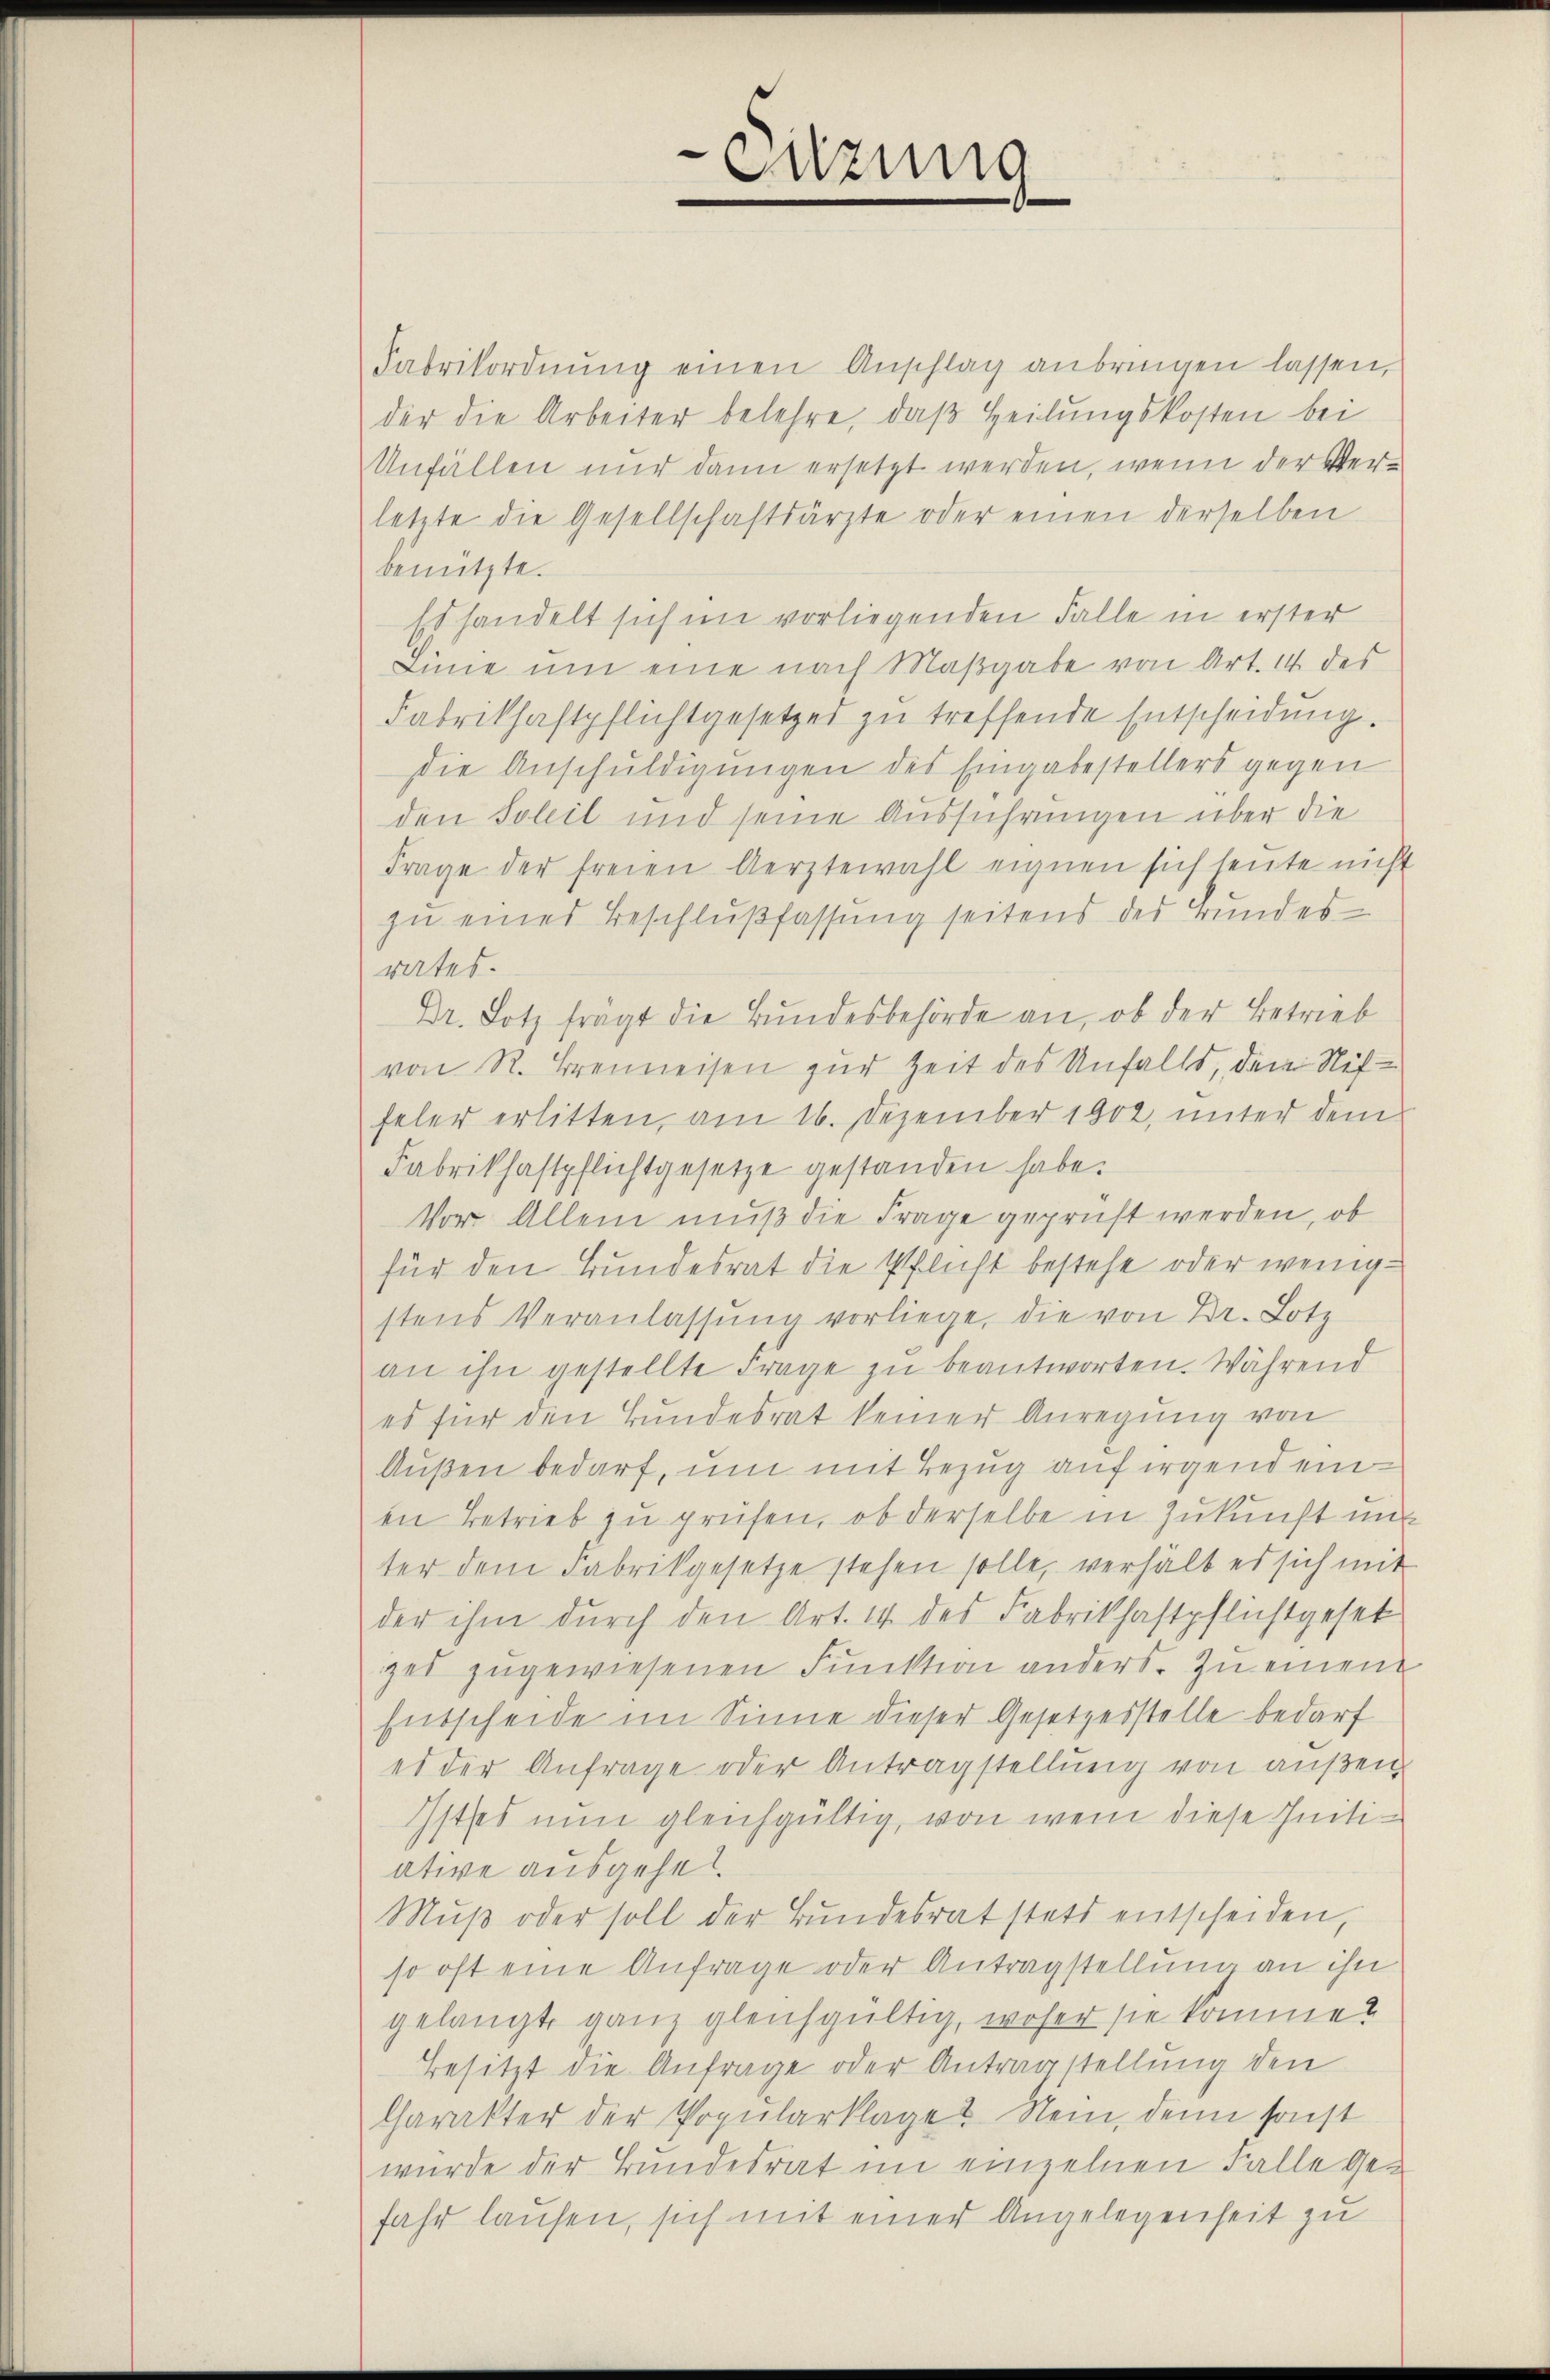
Fabrikordnŭng einen Anschlag anbringen lassen,
der die Arbeiter belehre, daß Heilungskosten bei
Anfällen nur dann ersetzt werden, wenn der Verletzte die Gesellschaftsärzte oder einen derselben
benutzte.
Es handelt sich im vorliegenden Falle in erster
Linie um eine nach Maβgabe von Art. 14 des
Fabrikhaftpflichtgesetzes zu treffende Entscheidung.
Die Anschuldigungen des Eingabestellers gegen
den Soleil und seine Ausführungen über die
Frage der freien Aerztewahl eignen sich heute nicht
zu eines Beschlußfassung seitens des Bundesrates.
Dr. Lotz frägt die Bŭndesbehörde an, ob der Betrieb
von R. Brenneisen zur Zeit des Unfalls, dem Neffeler erlitten, am 16. Dezember 1902, unter dem
Fabriksastpflichtgesetze gestanden habe.
Vor Allem muß die Frage geprüft werden, ob
für den Bundesrat die Pflicht bestehe oder wenigstens Veranlassŭng vorliege, die von Dr. Lotz
an ihn gestellte Frage zu beantworten. Während
es für den Bundesrat keiner Anregung von
Außen bedarf, um mit Bezug auf irgend einen Betrieb zu prüfen, ob derselbe in Zukunft mit
ter dem Fabrikgesetze stehen solle, verhält es sich mit
der ihm durch den Art. 14 des Fabrikhaftpflichtgeset
zel zugewiesenen Funktion anders. Zu einen
Entscheide im Sinne dieser Gesetzesstelle bedarf
es der Anfrage oder Antragstellung von außen
Istes nun gleichgültig, von wem diese Initiative ausgehet.
Mŭβ oder soll der Bŭndesrat stets entscheiden,
so oft eine Anfrage oder Antragstellung an ihn
gelangt ganz gleichgültig, woher sie komme?
Besitzt die Anfrage oder Antragstellung den
Charakter der Popularklage? Nein, denn sonst
wurde der Bundesrat im einzelnen Falle Gefahr laufen, sich mit einer Angelegenheit zu

.
Süzung